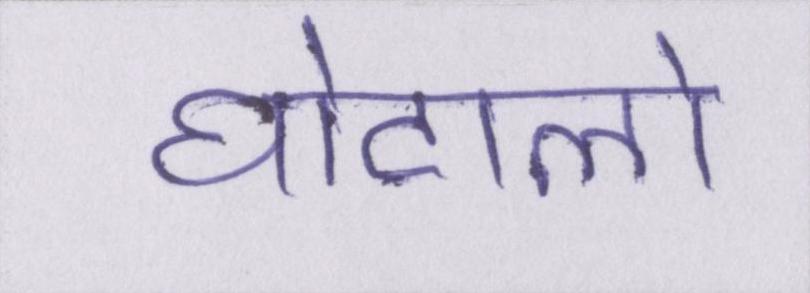
घोटालो